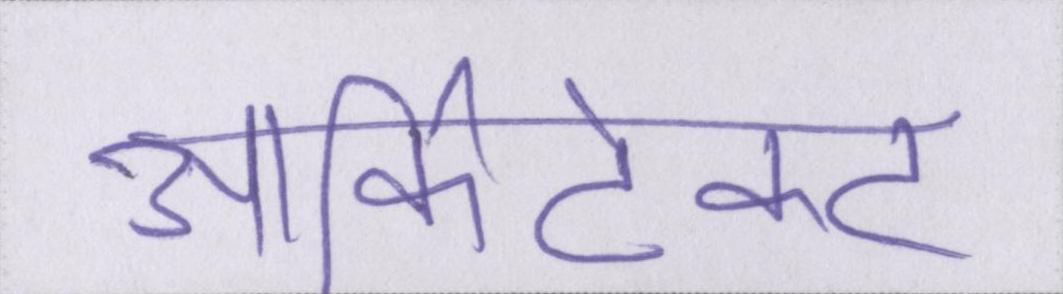
आर्किटेक्ट